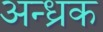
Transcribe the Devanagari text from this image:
अन्ध्रक